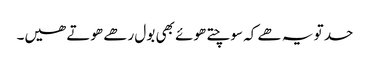
حد تو یہ ھے کہ سوچتے ھوئے بھی بول رھے ھوتے ھیں۔